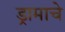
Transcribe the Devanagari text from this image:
ड्रामाचे